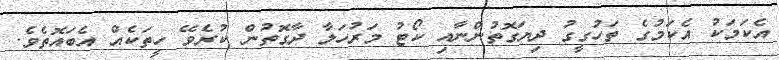
އެކަމަކު އެކަމުގެ ތަހުގީގު ދިޔަގޮތުންނާއި ކޯޓު މަރުހަލާ ދާގޮތުން ކުރެވޭ ހީތަކެއް އެބައޮތެވެ.